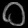
Digit: ၀